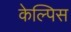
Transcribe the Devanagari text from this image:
केल्पिस